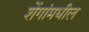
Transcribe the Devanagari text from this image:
शेंगांमधील